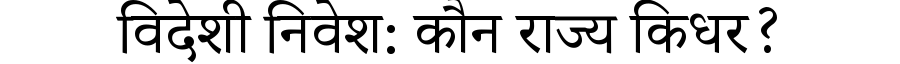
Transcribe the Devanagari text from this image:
विदेशी निवेश: कौन राज्य किधर?